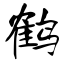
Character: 鹤